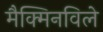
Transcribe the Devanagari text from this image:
मैक्मिनविले